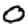
Digit: 0